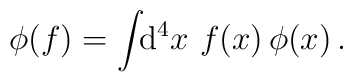
\phi(f) = \int\!\!{\rm d}^4x \,\,f(x)\,\phi(x)\,.